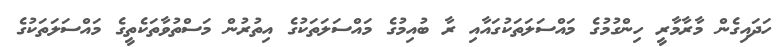
ހަދައިގެން މާރާމާރީ ހިންގުމުގެ މައްސަލަތަކުގައާއި ރާ ބުއިމުގެ މައްސަލަތަކުގެ އިތުރުން މަސްތުވާތަކެތީގެ މައްސަލަތަކުގެ